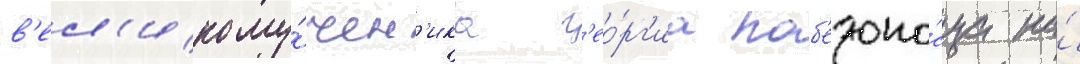
в'ел'икому́чен'ика г'ео́рг'иа поб'едоно́сца на́